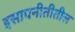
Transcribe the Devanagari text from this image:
इसापनीतीतील